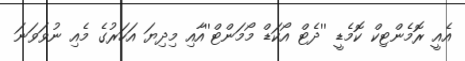
އެއީ ރޮމެންޓިކް ކޮމެޑީ ''ދެޓް އޯކަޑް މޯމަންޓް''އާއި މިދިޔަ އަހަރުގެ މެއި ނުވަވަނަ